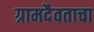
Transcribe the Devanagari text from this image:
ग्रामदैवताचा